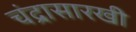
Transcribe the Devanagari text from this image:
चंद्रासारखी